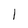
Character: I